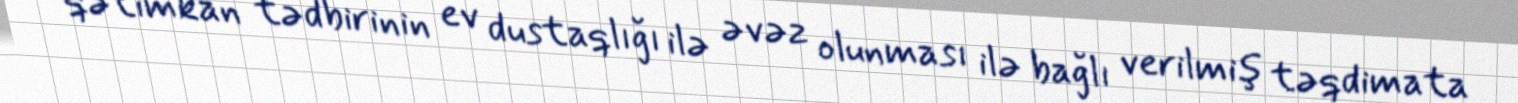
qətimkan tədbirinin ev dustaqlığı ilə əvəz olunması ilə bağlı verilmiş təqdimata